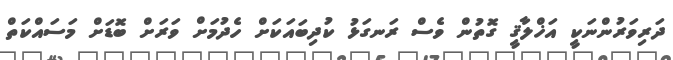
ދަރިވަރުންނަކީ އަޚްލާޤީ ގޮތުން ވެސް ރަނގަޅު ކުދިބައަކަށް ހެދުމަށް ވަރަށް ބޮޑަށް މަސައްކަތް